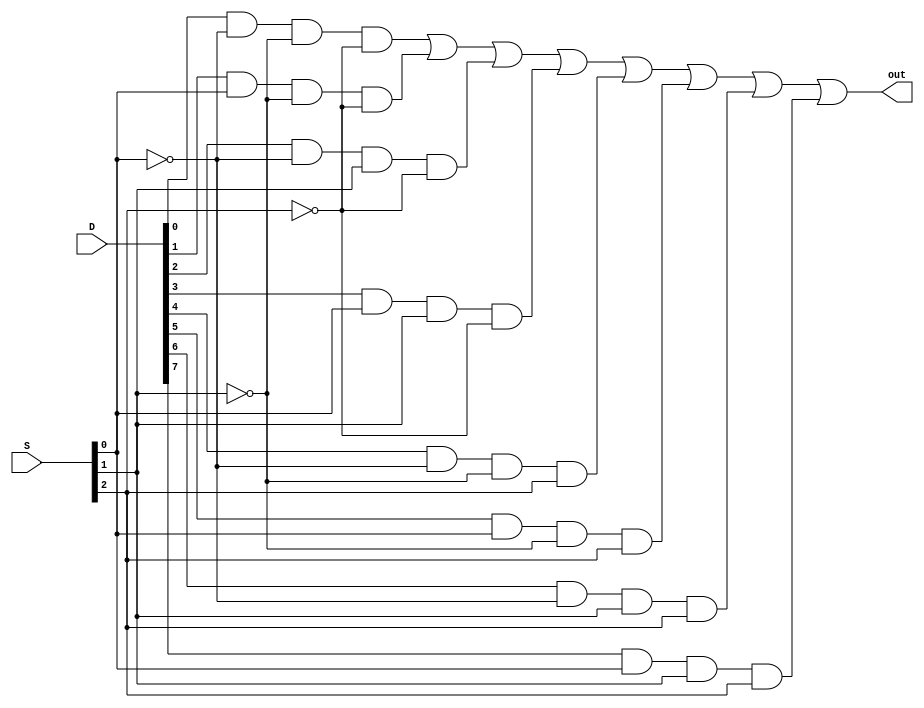
`timescale 1ns / 1ps
module mux8_1(out, D, S); 
output out; 
input [7:0]D;
input[2:0]S; 
wire [2:0]sbar; 
wire [7:0]T;

not u1(sbar[0], S[0]);
not u2(sbar[1], S[1]);
not u3(sbar[2], S[2]);

and u4(T[0], D[0], sbar[0], sbar[1], sbar[2]);
and u5(T[1], D[1], S[0], sbar[1], sbar[2]);
and u6(T[2], D[2], sbar[0], S[1], sbar[2]);
and u7(T[3], D[3], S[0], S[1], sbar[2]);
and u8(T[4], D[4], sbar[0], sbar[1], S[2]);
and u9(T[5], D[5], S[0], sbar[1], S[2]);
and u10(T[6], D[6], sbar[0], S[1], S[2]);
and u11(T[7], D[7], S[0], S[1], S[2]);
or u12(out, T[0],T[1], T[2], T[3], T[4], T[5], T[6], T[7]);
endmodule